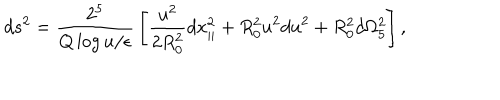
d s ^ { 2 } = { \frac { 2 ^ { 5 } } { Q \log { u / \epsilon } } } \left[ { \frac { u ^ { 2 } } { 2 R _ { 0 } ^ { 2 } } } d x _ { | | } ^ { 2 } + R _ { 0 } ^ { 2 } u ^ { 2 } d u ^ { 2 } + R _ { 0 } ^ { 2 } d \Omega _ { 5 } ^ { 2 } \right] ,